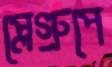
প্লেগ্রুপে